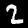
Digit: 2